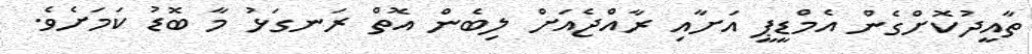
ތާއީދުކޮށްގެން އެމްޑީޕީ އަށާއި ރާއްޖެއަށް ލިބެން އޮތް ރަނގަޅު މާ ބޮޑު ކަމަށެވެ.